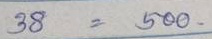
38 = 500